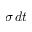
\sigma \, d t